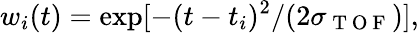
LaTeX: w_{i}(t)=\exp[-(t-t_{i})^{2}/(2\sigma_{\mathrm{~T~O~F~}})],